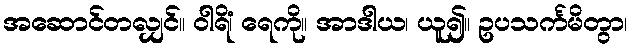
အဆောင်တလျှင်။ ဝါရိံ၊ ရေကို။ အာဒါယ၊ ယူ၍။ ဥပသင်္ကမိတွာ၊